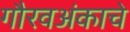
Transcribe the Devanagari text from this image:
गौरवअंकाचे